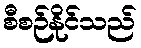
စီစဉ်နိုင်သည်